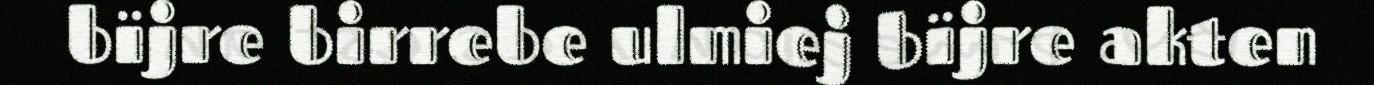
bïjre birrebe ulmiej bïjre akten